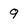
Character: 9